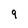
Character: 9